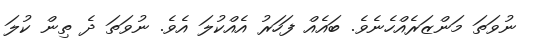
ނުވަތަ މަންޒަރެއްހެނެވެ. ބައެއް ފަހަރު އެއްކުލަ އެވެ. ނުވަތަ ދެ ތިން ކުލަ